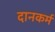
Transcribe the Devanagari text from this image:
दानकर्म